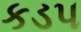
કડપ